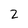
Character: 2